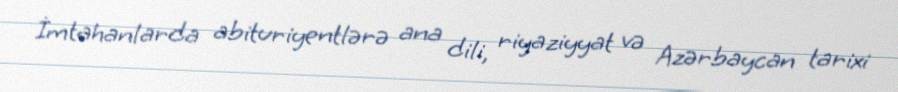
İmtahanlarda abituriyentlərə ana dili, riyaziyyat və Azərbaycan tarixi